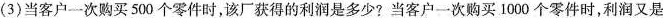
(3)当客户一次购买500个零件时，该厂获得的利润是多少?当客户一次购买1000个零件时，利润又是